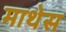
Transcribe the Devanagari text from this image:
माथेस